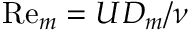
\mathrm { R e } _ { m } = U D _ { m } / \nu